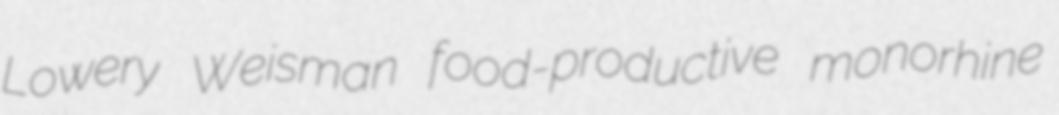
Lowery Weisman food-productive monorhine